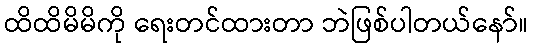
ထိထိမိမိကို ရေးတင်ထားတာ ဘဲဖြစ်ပါတယ်နော်။